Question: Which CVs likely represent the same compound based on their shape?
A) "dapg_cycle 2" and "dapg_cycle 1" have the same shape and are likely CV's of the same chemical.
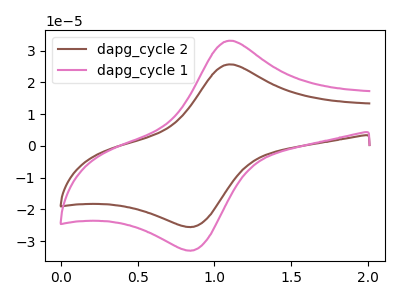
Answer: <think>The brown curve "dapg_cycle 2" has an anodic peak at (1.10V, 25.70uA) and a cathodic peak at (0.85V, -25.50uA). The pink curve "dapg_cycle 1" has an anodic peak at (1.10V, 33.15uA) and a cathodic peak at (0.85V, -32.90uA).
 All the peaks in "dapg_cycle 2" have a peak in "dapg_cycle 1" at the same potential. Every peak in "dapg_cycle 2" is lower than every peak in "dapg_cycle 1".</think>
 <answer>A) "dapg_cycle 2" and "dapg_cycle 1" have the same shape and are likely CV's of the same chemical.</answer>
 <eval>A</eval>